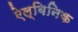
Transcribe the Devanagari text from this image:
ऐल्बिनिक